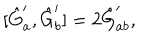
[ \hat { G } _ { a } ^ { \prime } , \hat { G } _ { b } ^ { \prime } ] = 2 \hat { G } _ { a b } ^ { \prime } ,